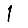
Digit: 1